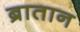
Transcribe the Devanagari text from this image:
ब्रातान